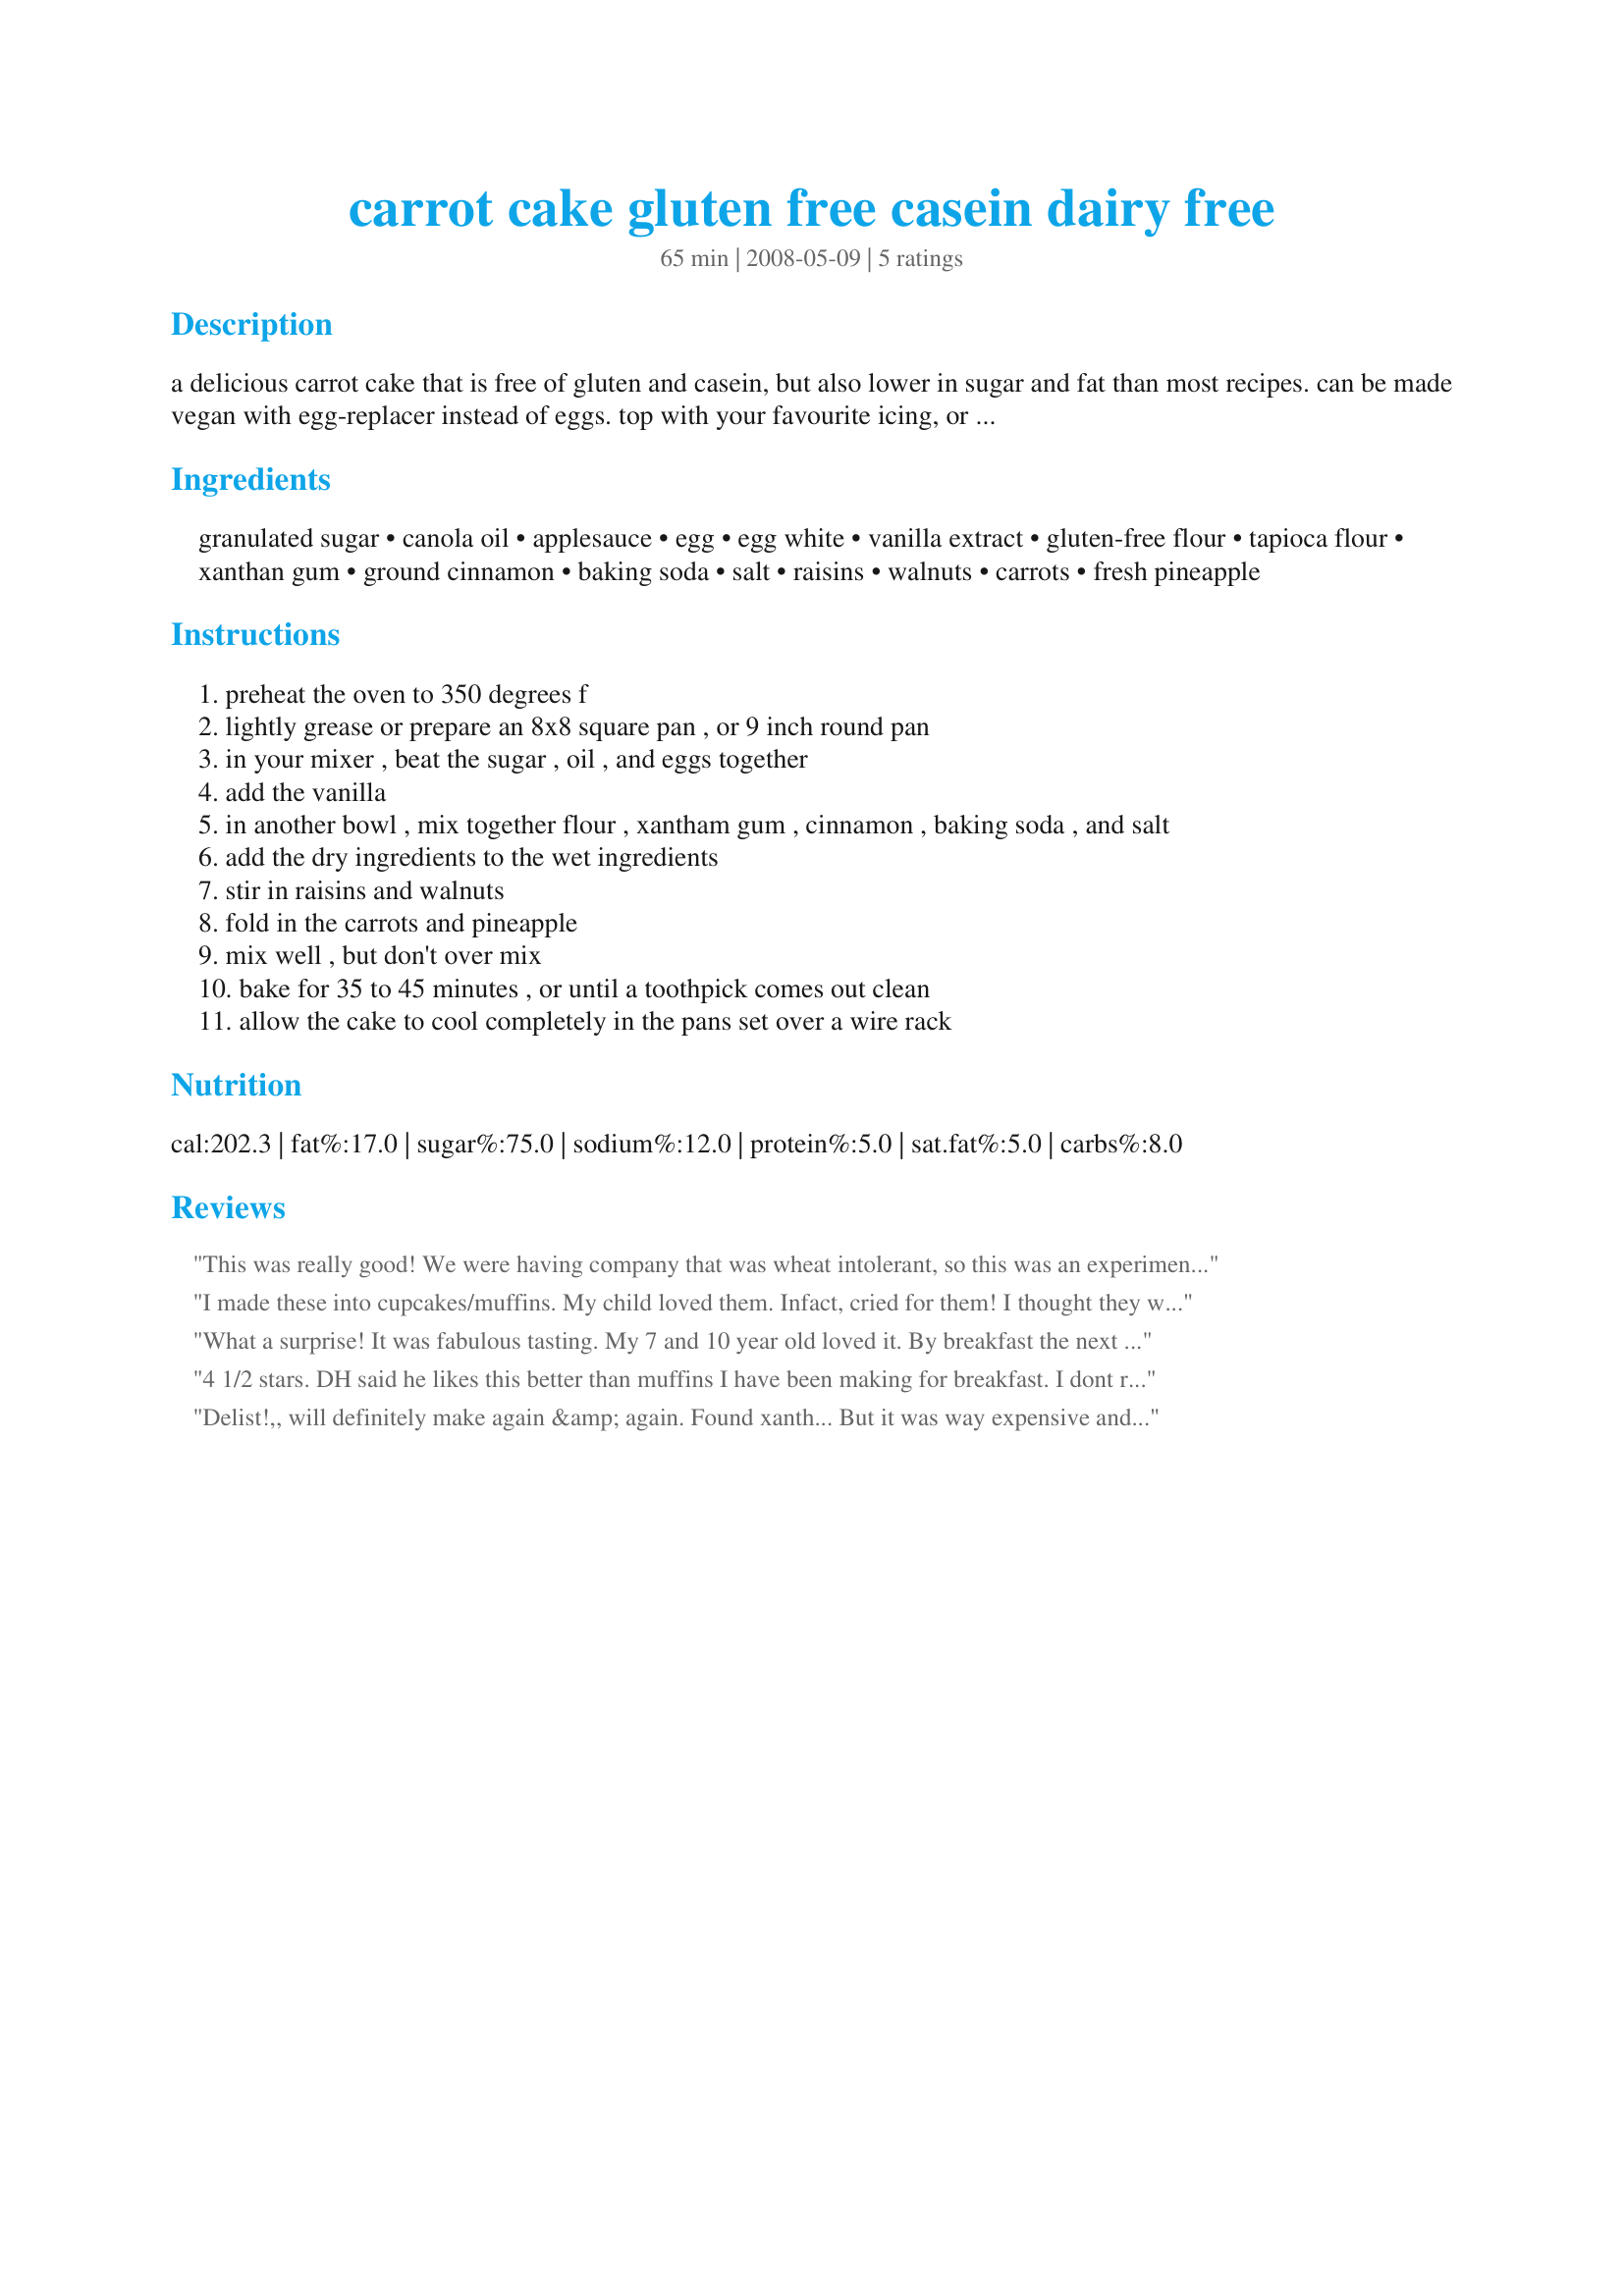
carrot cake gluten free casein dairy free
Preparation time: 65 minutes

a delicious carrot cake that is free of gluten and casein, but also lower in sugar and fat than most recipes. can be made vegan with egg-replacer instead of eggs. top with your favourite icing, or a sprinking of icing sugar. i often use more pineapple, and mix it with cinnamon and raisins, and make a warm glaze before serving. simply double the recipe for a two-tiered version.

Ingredients:
granulated sugar, canola oil, applesauce, egg, egg white, vanilla extract, gluten-free flour, tapioca flour, xanthan gum, ground cinnamon, baking soda, salt, raisins, walnuts, carrots, fresh pineapple

Steps:
preheat the oven to 350 degrees f
lightly grease or prepare an 8x8 square pan , or 9 inch round pan
in your mixer , beat the sugar , oil , and eggs together
add the vanilla
in another bowl , mix together flour , xantham gum , cinnamon , baking soda , and salt
add the dry ingredients to the wet ingredients
stir in raisins and walnuts
fold in the carrots and pineapple
mix well , but don't over mix
bake for 35 to 45 minutes , or until a toothpick comes out clean
allow the cake to cool completely in the pans set over a wire rack

Reviews:
This was really good! We were having company that was wheat intolerant, so this was an experiment for me. It turned out very well. I used pecans instead of walnuts, although I think it would also be very good without any nuts at all.
I made these into cupcakes/muffins. My child loved them. Infact, cried for them! I thought they were a little sticky. I didnt use walnuts or raisins. I wanted him to see if he could just do the carrot texture. GREAT MUFFINS!!
What a surprise! It was fabulous tasting. My 7 and 10 year old loved it. By breakfast the next morning it was gone and they were asking me to make it again! I really liked the walnuts and I used canned pineapple. We ate it without any icing but I salvitate thinking about a rum topping on it! My daughter has a corn allergy and the wheat.
4 1/2 stars. DH said he likes this better than muffins I have been making for breakfast. I dont really like carrot cake but he doesnt comment much so I uped it from 4 to 4 1/2 stars. I actually used grated sweet potato in replacement of the carrots and added a bit more sugar than called for. I used raw cane sugar for the granulated sugar, egg replacer (it didnt rise maybe this is why or it needs baking powder Im not sure) and double the amount of non-alcoholic vanilla extract. I used Recipe #256259 for the flour and omitted the raisins and walnuts. I also used canned pineapple instead of fresh just because it was easier. A half batch was our breakfast with orange juice for 2 adults and a toddler. I would make this again.
Delist!,, will definitely make again &amp; again. Found xanth... But it was way expensive and made from bacteria. Substituted guar gum way cheaper. Didn&#039;t,t add raisins seemed like too much stuff. Used fresh pineapple. Was fantastic and gone in a few hours. Thanks, Jesse
